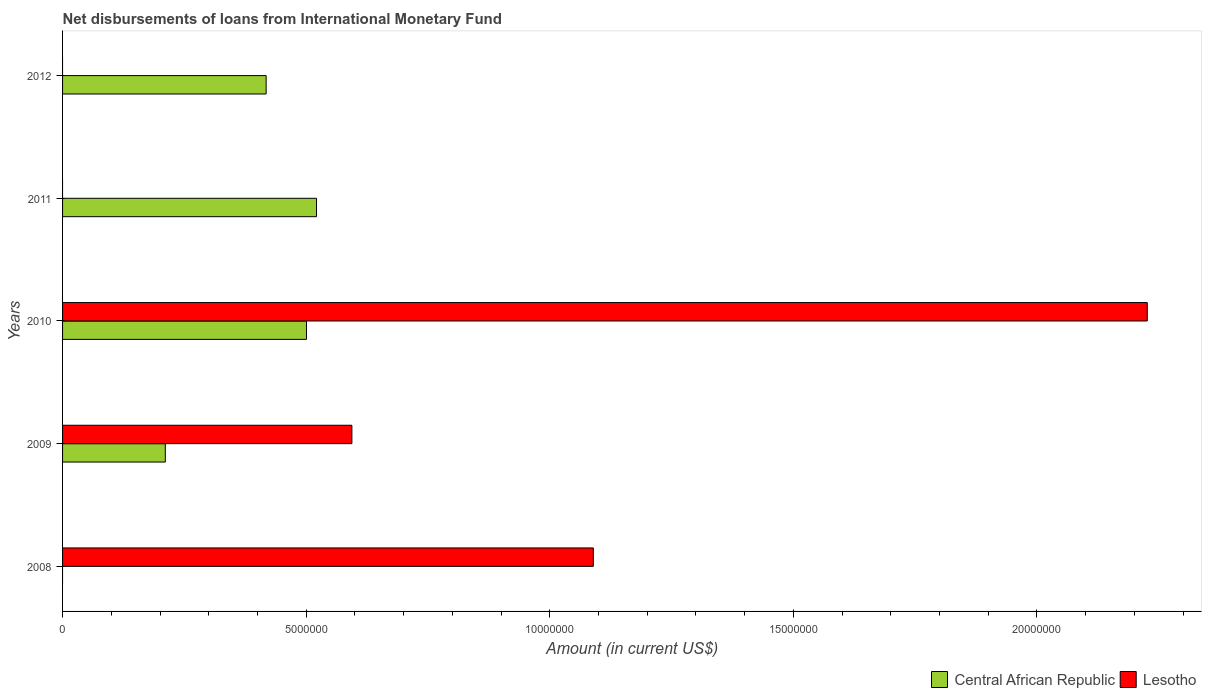
| Years | Central African Republic | Lesotho |
 | --- | --- | --- |
 | 2008 | -1.22e+06 | 1.09e+07 |
 | 2009 | 2.11e+06 | 5.94e+06 |
 | 2010 | 5.01e+06 | 2.23e+07 |
 | 2011 | 5.21e+06 | -5.9e+06 |
 | 2012 | 4.18e+06 | -6.22e+06 |